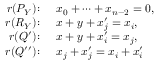
\begin{array} { r l } { r ( P _ { Y } ) \colon } & { x _ { 0 } + \cdots + x _ { n - 2 } = 0 , } \\ { r ( R _ { Y } ) \colon } & { x + y + x _ { j } ^ { \prime } = x _ { i } , } \\ { r ( Q ^ { \prime } ) \colon } & { x + y + x _ { i } ^ { \prime } = x _ { j } , } \\ { r ( Q ^ { \prime \prime } ) \colon } & { x _ { j } + x _ { j } ^ { \prime } = x _ { i } + x _ { i } ^ { \prime } } \end{array}